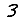
Digit: 3